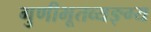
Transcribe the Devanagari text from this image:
गुणीभूतव्यङ्ग्य